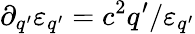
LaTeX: \partial_{q^{\prime}}\varepsilon_{q^{\prime}}=c^{2}q^{\prime}/\varepsilon_{q^{\prime}}